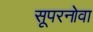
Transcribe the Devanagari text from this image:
सूपरनोवा